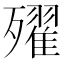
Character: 𣩰